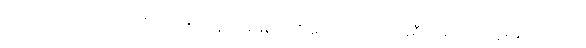
အားကောင်းလာသည်ကို အသုံးပြုနေကျ မမြရင်ကို ခေါ်ပြောတယ် အိုရီယမ်တယ် မွေးမြူထုတ်လုပ်